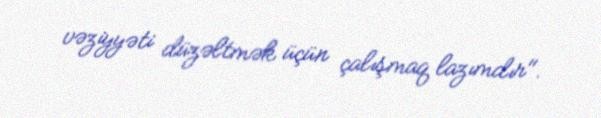
vəziyyəti düzəltmək üçün çalışmaq lazımdır".